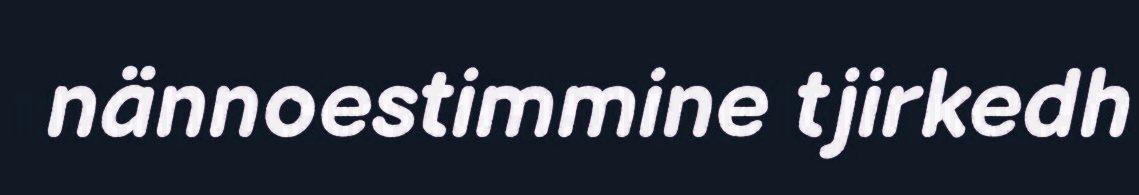
nännoestimmine tjirkedh